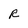
Character: R